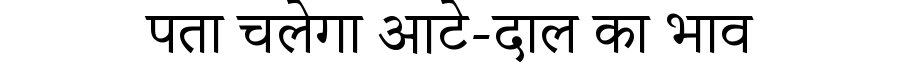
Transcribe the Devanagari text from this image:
पता चलेगा आटे-दाल का भाव